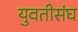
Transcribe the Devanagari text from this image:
युवतीसंघ